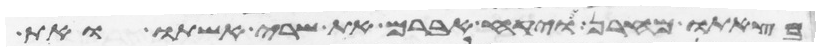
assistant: בצאתו מחרן ויקח אברם את שרי אשתו ואת